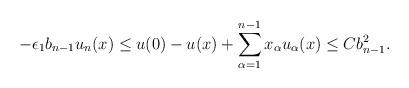
LaTeX: \begin{align*}- \epsilon_1 b_{n-1} u_n (x) \leq u(0) - u(x) + \sum_{\alpha = 1}^{n-1} x_\alpha u_\alpha (x) \leq C b_{n-1}^2.\end{align*}